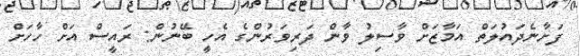
ފަށާނެދައުލަތް އަމާޒަށް ވާސިލު ވާން ދަރިވަރުންގެ އެހީ ބޭނުން: ރައީސް އަށް ހާހަށް